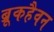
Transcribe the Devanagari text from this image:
ब्रूकहैवन